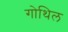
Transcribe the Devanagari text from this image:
गोथिल